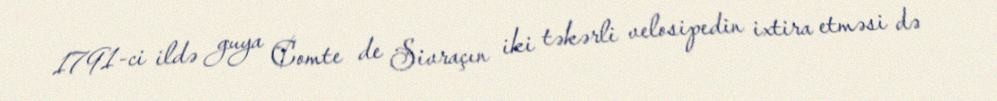
1791-ci ildə guya Comte de Sivraçın iki təkərli velosipedin ixtira etməsi də